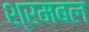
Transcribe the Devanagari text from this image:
श्रमबल